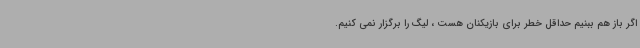
اگر باز هم ببنیم حداقل خطر برای بازیکنان هست ، لیگ را برگزار نمی کنیم.